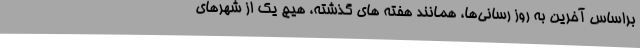
براساس آخرین به روز رسانی‌ها، همانند هفته های گذشته، هیچ یک از شهرهای